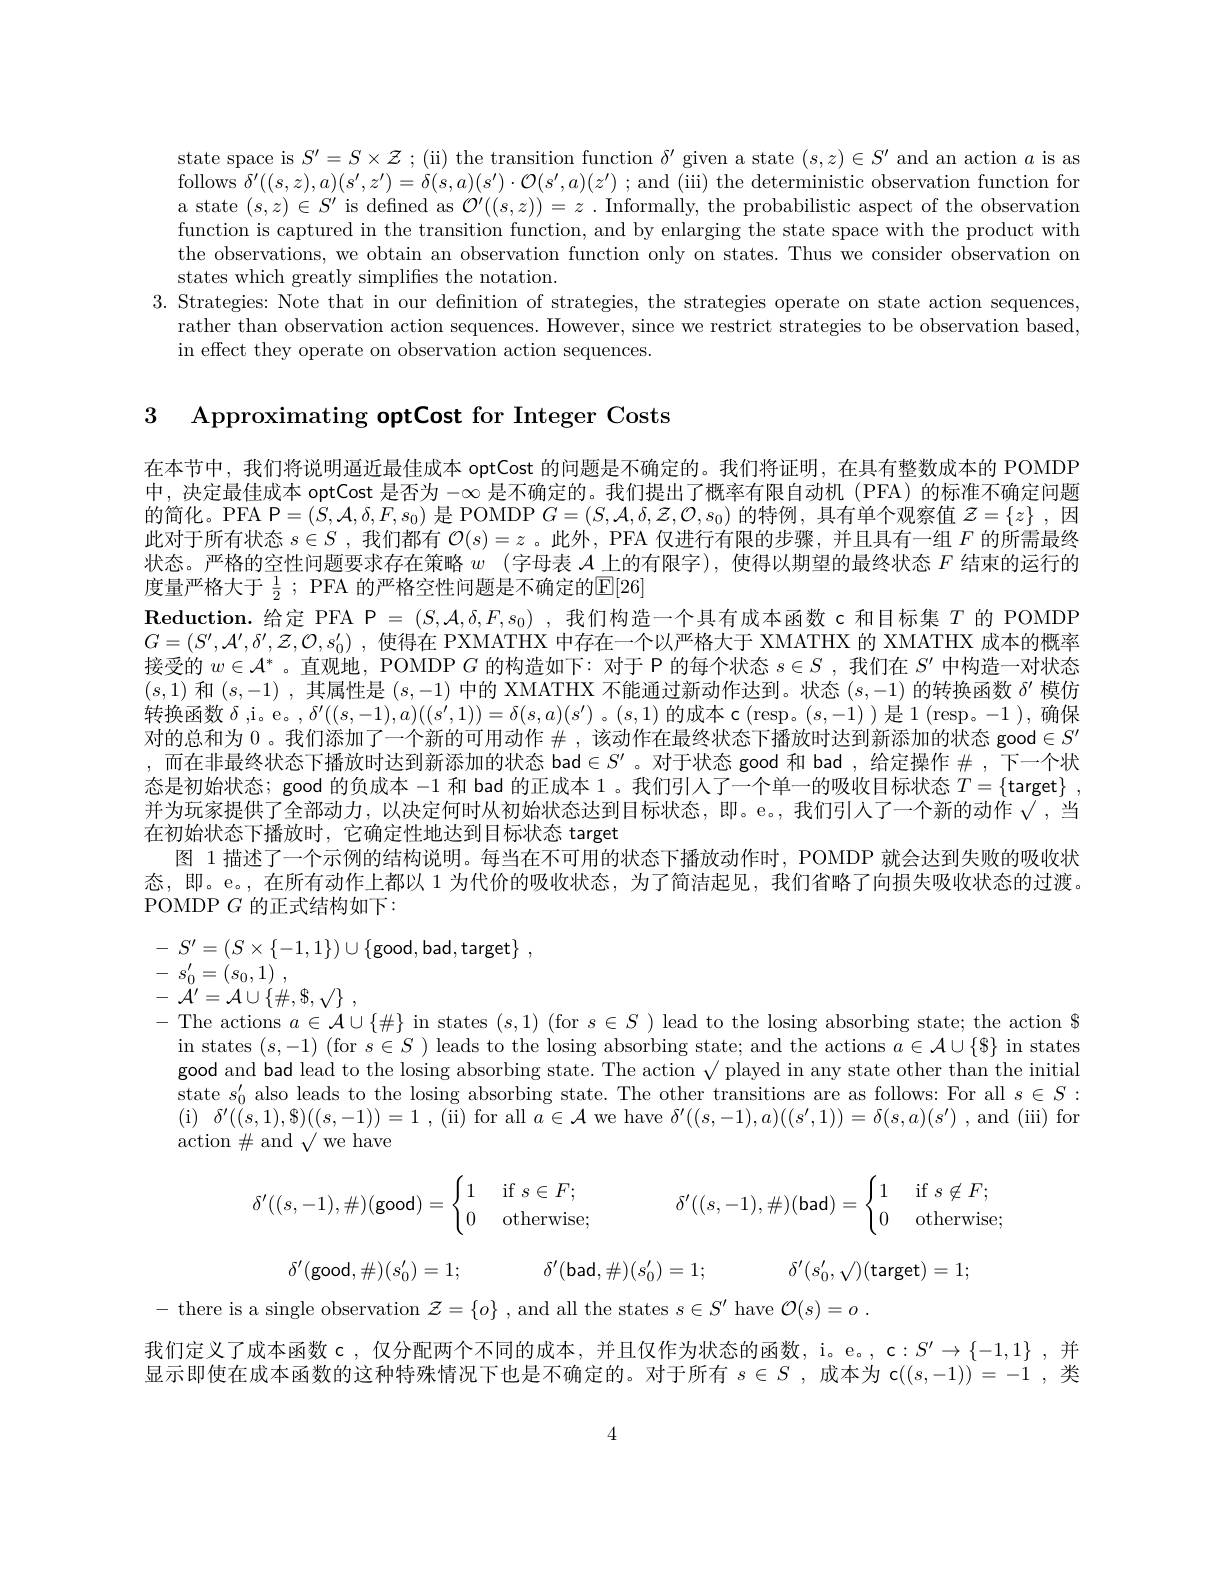
state space is $S^\prime=S\times\mathcal{Z};$ (ii) the transition function $\delta^\prime$ given a state $(s,z)\in S^\prime$ and an action $a$ is as follows $\delta^\prime((s,z),a)(s^{\prime},z^{\prime})=\delta(s,a)(s^{\prime})\cdot\mathcal{O}(s^{\prime},a)(z^{\prime})$ ; and (iii) the deterministic observation function for a state $(s,z)\in S^\prime$ is defned as $\mathcal{O}^\prime((s,z))=z.$ Informally, the probabilistic aspect of the observation function is captured in the transition function, and by enlarging the state space with the product with the observations, we obtain an observation function only on states. Thus we consider observation on states which greatly simplifies the notation.
3. Strategies: Note that in our definition of strategies, the strategies operate on state action sequences,
rather than observation action sequences. However, since we restrict strategies to be observation based,
in effect they operate on observation action sequences.

3 Approximating optCost for Integer Costs

在本节中，我们将说明逼近最佳成本 optCost 的问题是不确定的。我们将证明，在具有整数成本的 POMDP 中，决定最佳成本 optCost 是否为$-\infty$是不确定的。我们提出了概率有限自动机(PFA)的标准不确定问题的简化。PFA P$=(S,\mathcal{A},\delta,F,s_0)$是 POMDP $G=(S,\mathcal{A},\delta,\mathcal{Z},\mathcal{O},s_0)$的特例，具有单个观察值$\mathcal{Z}=\{z\}$ ,因此对于所有状态$s\in S$ ,我们都有$\mathcal{O}(s)=z$ 。此外，PFA 仅进行有限的步骤，并且具有一组$F$的所需最终状态。严格的空性问题要求存在策略$w$ (字母表$\mathcal{A}$上的有限字),使得以期望的最终状态$F$结束的运行的度量严格大于 $\frac 12$ ; PFA 的严格空性问题是不确定的$\mathbb{E}[26]$
$\mathbf{Reduction.}$给定 PFA P $=(S,\mathcal{A},\delta,F,s_0)$ ,我们构造一个具有成本函数 c 和目标集$T$的 POMDP $G= ( S^{\prime }, \mathcal{A} ^{\prime }, \delta ^{\prime }, \mathcal{Z} , \mathcal{O} , s_{0}^{\prime })$ , 使得在 PXMATHX 中存在一个以严格大于 XMATHX 的 XMATHX 成本的概率接受的$w\in\mathcal{A}^*$ 。直观地，POMDP $G$的构造如下：对于 P 的每个状态$s\in S$ ,我们在$S^\prime$中构造一对状态$(s,1)$和$(s,-1)$ ,其属性是$(s,-1)$中的 XMATHX 不能通过新动作达到。状态$(s,-1)$的转换函数$\delta^\prime$模仿转换函数$\delta$ ,i。e。, $\delta^\prime((s,-1),a)((s^{\prime},1))=\delta(s,a)(s^{\prime})$ 。$(s,1)$的成本 c (resp。$(s,-1))$是 1(resp。-1),确保对的总和为0 。我们添加了一个新的可用动作$\#$ ,该动作在最终状态下播放时达到新添加的状态 good$\in S^\prime$ ,而在非最终状态下播放时达到新添加的状态 bad$\in S^\prime$。对于状态 good 和 bad ,给定操作 #,下一个状态是初始状态；good 的负成本-1和 bad 的正成本 1。我们引人了一个单一的吸收目标状态$T=\left\{\mathrm{target}\right\}$, 并为玩家提供了全部动力，以决定何时从初始状态达到目标状态，即。e。,我们引人了一个新的动作√,当在初始状态下播放时，它确定性地达到目标状态 target
图 1 描述了一个示例的结构说明。每当在不可用的状态下播放动作时，POMDP 就会达到失败的吸收状态，即。e。,在所有动作上都以 1 为代价的吸收状态，为了简洁起见，我们省略了向损失吸收状态的过渡。POMDP $G$的正式结构如下：
$$S^{\prime}=(S\times\{-1,1\})\cup\{\mathrm{good,bad,target}\}$$
- $s_{0}^{\prime }= ( s_{0}, 1)$ ,

- ${\dot{\mathcal{A} } }^{\prime }= {\mathcal{A} }\cup \{ \# , \$ , \sqrt \}$ ,

- The actions $a\in\mathcal{A}\cup\{\#\}$ in states $(s,1)$ (for $s\in S)$ lead to the losing absorbing state; the action $

in states $(s,-1)$ (for $s\in S$ ) leads to the losing absorbing state; and the actions $a\in\mathcal{A}\cup\{\$\}$ in states

good and bad lead to the losing absorbing state. The action $\sqrt\text{played in any state other than the initial}$

state $s_0^{\prime}$ also leads to the losing absorbing state. The other transitions are as follows: For all $s\in S:$

(i$)\delta^\prime((s,1)$,S$)((s,-1))=1$,(ii) for all $a\in\mathcal{A}$ we have $\delta^\prime((s,-1),a)((s^\prime,1))=\delta(s,a)(s^\prime)$ ,and (iii)for

action$\#$and$\sqrt\text{we have}$
$$\delta'((s,-1),\#)(\text{good})=\begin{cases}1&\text{if}s\in F;\\0&\text{otherwise};\end{cases}\quad\delta'((s,-1),\#)(\text{bad})=\begin{cases}1&\text{if}s\not\in F;\\0&\text{otherwise}\end{cases}$$
$$\delta'(\text{good},\#)(s_0')=1;\quad\delta'(\text{bad},\#)(s_0')=1;\quad\delta'(s_0',√)(\text{target})=1;$$
- there is a single observation $\mathcal{Z}=\{o\}$ , and all the states $s\in S^\prime$ have $\mathcal{O}(s)=o.$

我们定义了成本函数 c, 仅分配两个不同的成本，并且仅作为状态的函数，i。e。, c:$S^\prime\to\{-1,1\}$,并显示即使在成本函数的这种特殊情况下也是不确定的。对于所有$s\in S$ ,成本为 c$((s,-1))=-1$ ,类

4